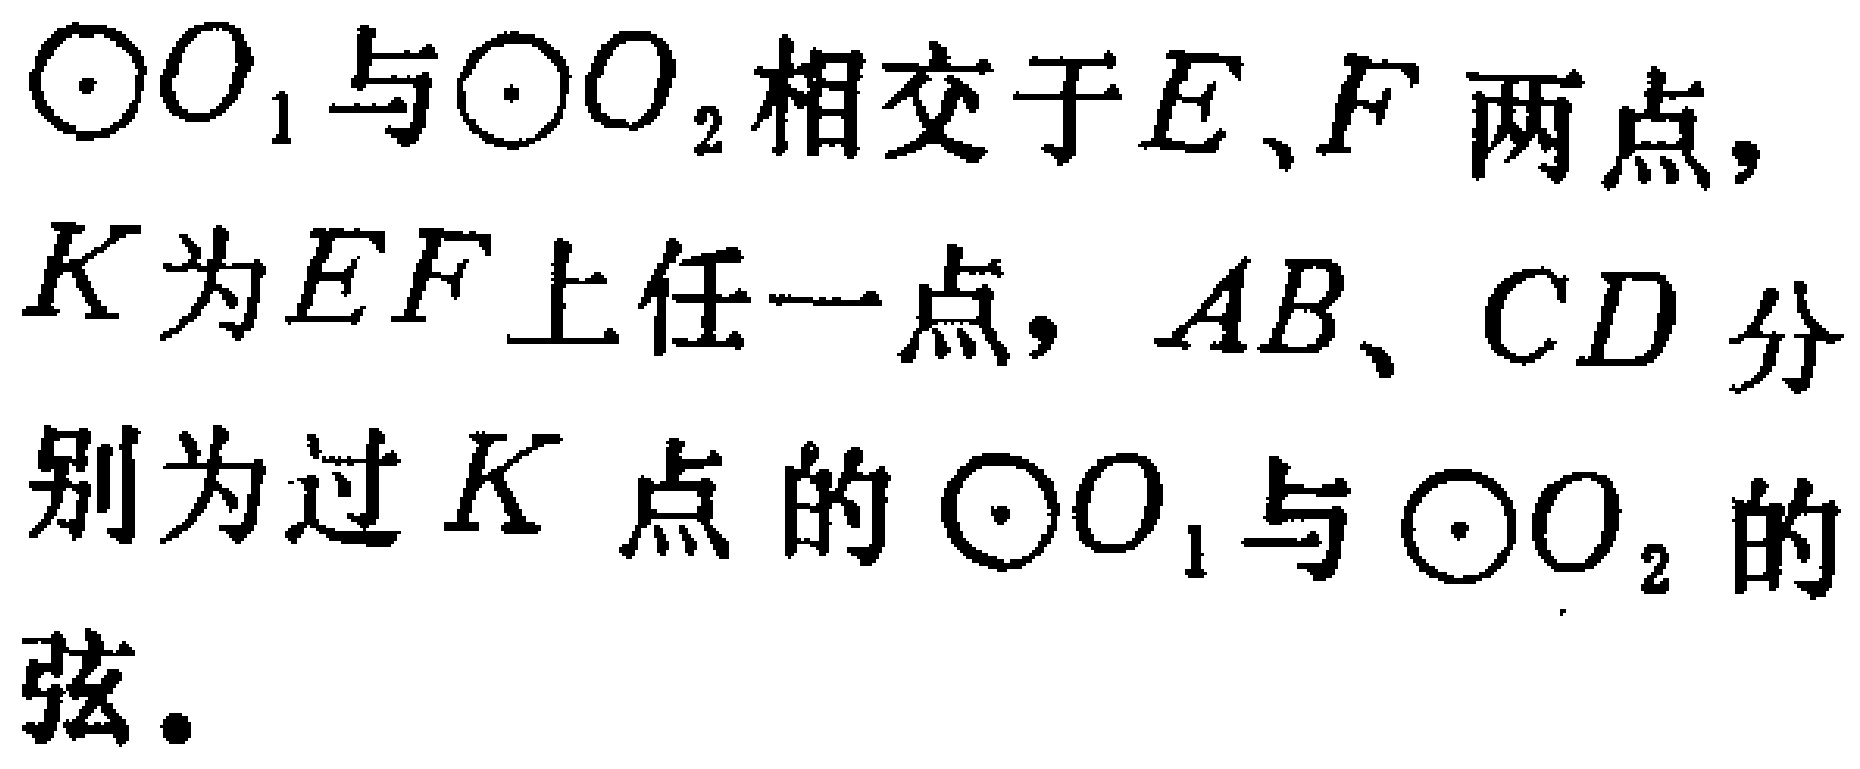
$\odot O_{1}$与$\odot O_{2}$相交于$E、F$两点，$K$为$EF$上任一点，$AB、CD$分别为过$K$点的$\odot O_{1}$与$\odot O_{2}$的弦。